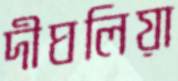
দীঘলিয়া